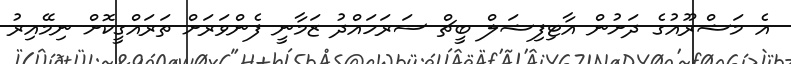
އެ މަޝްރޫއުގެ ދަށުން އާޓިފިޝަލް ބީޗް ސަރަހައްދު ޒަމާނީ ފެންވަރަށް ތަރައްގީކޮށް ނިމޭއިރު